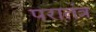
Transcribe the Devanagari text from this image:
परातंत्र